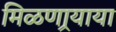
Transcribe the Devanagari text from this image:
मिळणार्‍याया